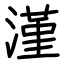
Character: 漌